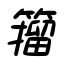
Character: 籀